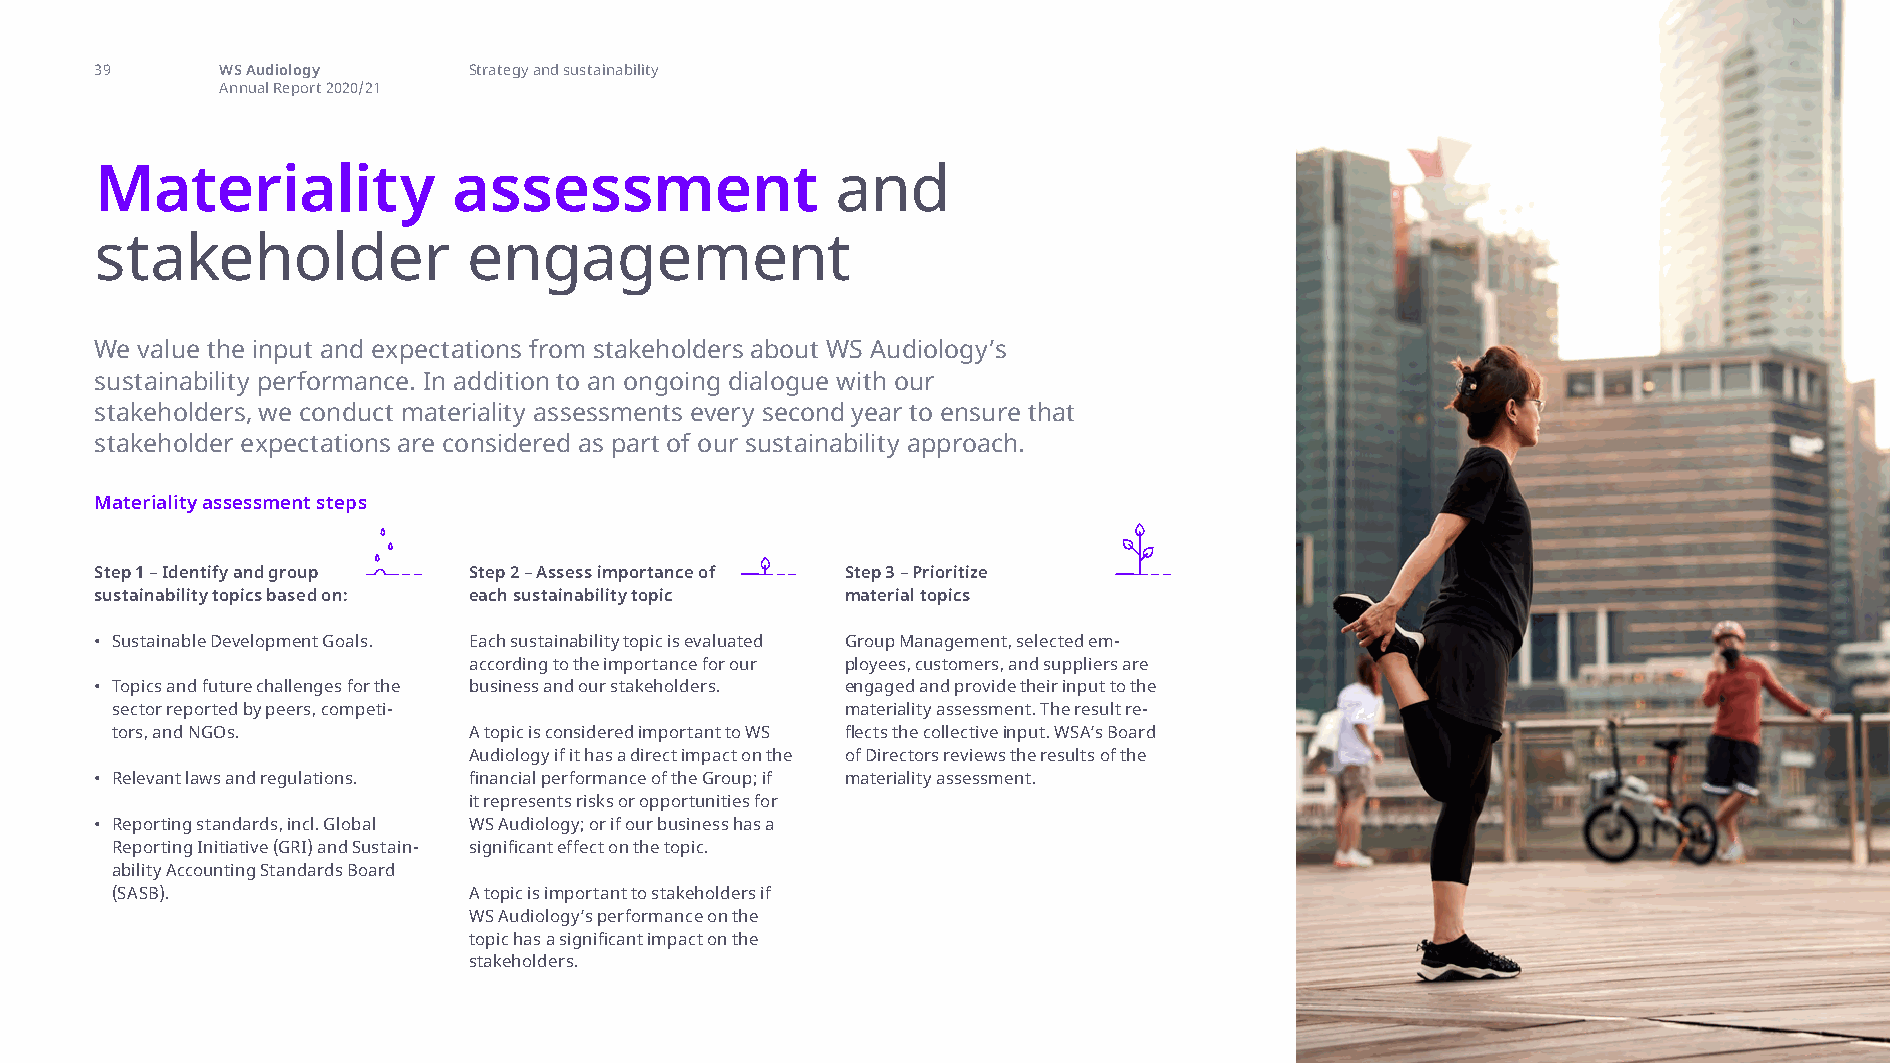
materiality assessment and stakeholder
 39       WS Audiology    Strategy and sustainability
 Annual Report 2020/21
 Materiality             assessment               and
 stakeholder              engagement
 We value the input and expectations from stakeholders about WS Audiology’s
 sustainability performance. In addition to an ongoing dialogue with our
 stakeholders, we conduct materiality assessments every second year to ensure that
 stakeholder expectations are considered as part of our sustainability approach.
 Materiality assessment steps
 Step 1 – Identify and group Step 2 – Assess importance of Step 3 – Prioritize
 sustainability topics based on: each sustainability topic material topics
 • Sustainable Development Goals. Each sustainability topic is evaluated Group Management, selected em-
 according to the importance for our ployees, customers, and suppliers are
 • Topics and future challenges for the business and our stakeholders. engaged and provide their input to the
 sector reported by peers, competi-               materiality assessment. The result re-
 tors, and NGOs.         A topic is considered important to WS flects the collective input. WSA’s Board
 Audiology if it has a direct impact on the of Directors reviews the results of the
 • Relevant laws and regulations. financial performance of the Group; if materiality assessment.
 it represents risks or opportunities for
 • Reporting standards, incl. Global WS Audiology; or if our business has a
 Reporting Initiative (GRI) and Sustain- significant effect on the topic.
 ability Accounting Standards Board
 (SASB).                 A topic is important to stakeholders if
 WS Audiology’s performance on the
 topic has a significant impact on the
 stakeholders.